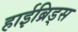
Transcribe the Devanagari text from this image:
हाईब्रिड्स